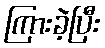
ကြားခဲ့ပြီး